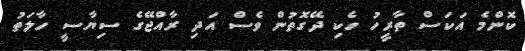
ކޮންމެ އަކަސް ތާރީހު ހެކި ދޭގޮތުން ވެސް އަދި ރާއްޖޭގެ ސިޔާސީ ހާލަތު